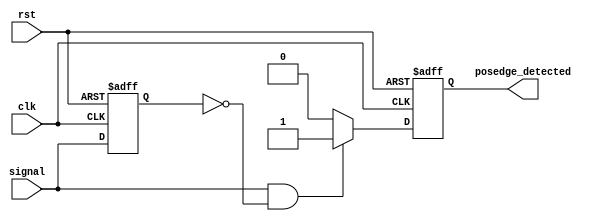
module posedge_detector (
    input wire clk,            // Clock signal
    input wire rst,            // Asynchronous reset
    input wire signal,        // Input signal to detect rising edge
    output reg posedge_detected // Output pulse indicating rising edge
);

    reg previous_signal;       // Register to hold the previous value of the input signal

    always @(posedge clk or posedge rst) begin
        if (rst) begin
            posedge_detected <= 1'b0;    // Reset output pulse
            previous_signal <= 1'b0;      // Reset previous signal
        end else begin
            // Detect rising edge
            if (signal == 1'b1 && previous_signal == 1'b0) begin
                posedge_detected <= 1'b1;  // Set pulse high on rising edge
            end else begin
                posedge_detected <= 1'b0;  // Reset pulse if no edge
            end
            
            // Update previous signal state
            previous_signal <= signal;    
        end
    end

endmodule